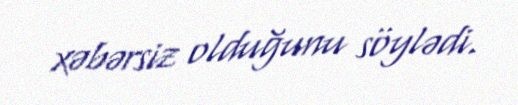
xəbərsiz olduğunu söylədi.